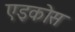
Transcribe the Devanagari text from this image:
एइकोस